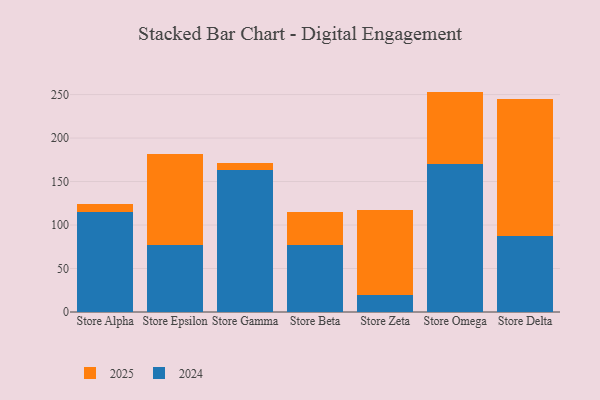
{"axis": {"x": "Store", "y": "Production Output"}, "legend": ["2024", "2025"], "data": [{"x": "Store Alpha", "y": 9.0, "type": "2025"}, {"x": "Store Alpha", "y": 115.1, "type": "2024"}, {"x": "Store Epsilon", "y": 104.9, "type": "2025"}, {"x": "Store Epsilon", "y": 76.8, "type": "2024"}, {"x": "Store Gamma", "y": 8.7, "type": "2025"}, {"x": "Store Gamma", "y": 163.1, "type": "2024"}, {"x": "Store Beta", "y": 38.7, "type": "2025"}, {"x": "Store Beta", "y": 76.5, "type": "2024"}, {"x": "Store Zeta", "y": 97.4, "type": "2025"}, {"x": "Store Zeta", "y": 20.1, "type": "2024"}, {"x": "Store Omega", "y": 83.7, "type": "2025"}, {"x": "Store Omega", "y": 169.7, "type": "2024"}, {"x": "Store Delta", "y": 157.3, "type": "2025"}, {"x": "Store Delta", "y": 87.4, "type": "2024"}]}